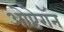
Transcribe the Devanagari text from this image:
ओप्टेरॉन